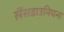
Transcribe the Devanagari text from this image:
लैंसडाउनियना